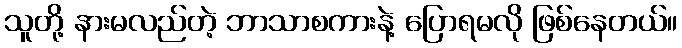
သူတို့ နားမလည်တဲ့ ဘာသာစကားနဲ့ ပြောရမလို ဖြစ်နေတယ်။